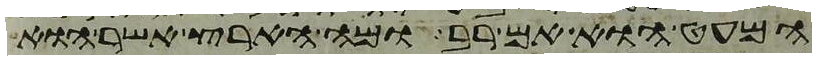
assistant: המעט הוא אם רב ומה הארץ אשר הוא